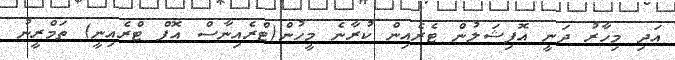
އަދި މިހާރު ދަނީ އޮފިޝަލުން ޓެރެއިން ކުރާނެ މީހުން(ޓްރެއިނާސް އޮފް ޓްރެއިނީ) ތަމްރީނު